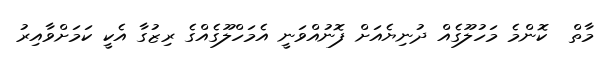
މާތް  ކޮންމެ މަހުލޫގެއް ދުނިޔެއަށް ފޮނުއްވަނީ އެމަހްލޫގެއްގެ ރިޒުގާ އެކީ ކަމަށްވާއިރު